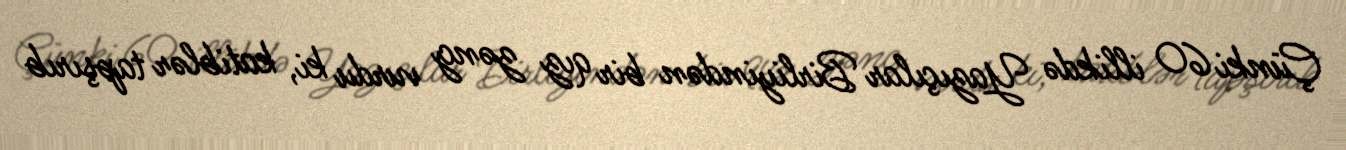
Çünki 60 illikdə Yazıçılar Birliyindən bir qız zəng vurdu ki, katiblər tapşırıb